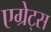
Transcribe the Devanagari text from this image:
एग्रेट्स